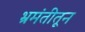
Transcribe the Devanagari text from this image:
भ्रमंतीतून